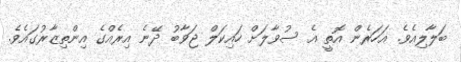
ބަލާލިއެވެ. އަހަރެން އޮތީ އެ ސުވާލަށް ހައިކަލް ޖަވާބު ދޭނެ އިރެއްގެ އިންތިޒާރުގައެވެ.